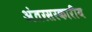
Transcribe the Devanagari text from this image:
अंतरसरकारीय